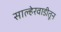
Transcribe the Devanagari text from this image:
साल्हेरवाडीतून